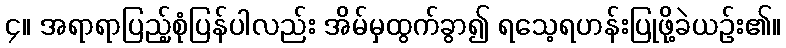
၄။ အရာရာပြည့်စုံပြန်ပါလည်း အိမ်မှထွက်ခွာ၍ ရသေ့ရဟန်းပြုဖို့ခဲယဉ်း၏။